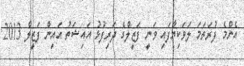
އެންމެ ފުރަތަމަ ލަވަކިޔާފައި ވަނީ ފަޒީލްގެ ދަރިފުޅު އައިޝަތު އައިން ފަޒީލް 2013